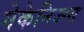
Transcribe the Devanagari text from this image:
मेकेनिज्म्स